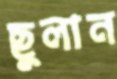
ছুলান